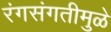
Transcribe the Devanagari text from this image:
रंगसंगतीमुळे